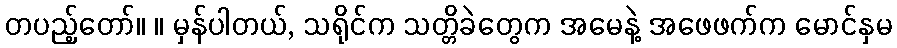
တပည့်တော်။ ။ မှန်ပါတယ်, သရိုင်က သတ္တိခဲတွေက အမေနဲ့ အဖေဖက်က မောင်နှမ